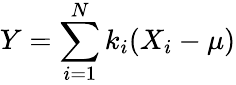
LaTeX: Y=\sum_{i=1}^{N}k_{i}(X_{i}-\mu)